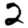
Digit: 2